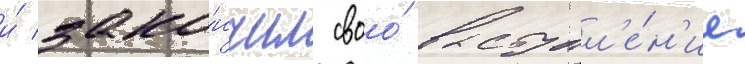
и́ зако́нчил своо́ выступл'е́н'ие